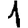
Digit: 1